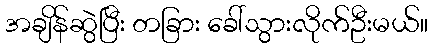
အချိန်ဆွဲပြီး တခြား ခေါ်သွားလိုက်ဦးမယ်။